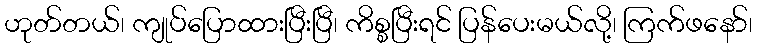
ဟုတ်တယ်၊ ကျုပ်ပြောထားပြီးပြီ၊ ကိစ္စပြီးရင် ပြန်ပေးမယ်လို့၊ ကြက်ဖနော်၊